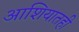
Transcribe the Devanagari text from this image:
आशियातही